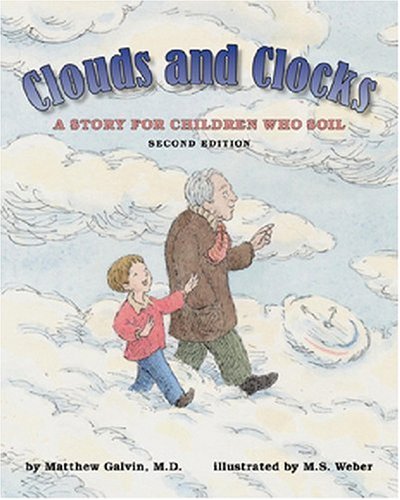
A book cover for Clouds and Clocks: A Story for Children Who Soil; Matthew Galvin; Parenting & Relationships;